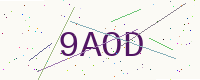
Text: 9AOD